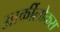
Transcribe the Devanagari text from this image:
आर्कीलोकस